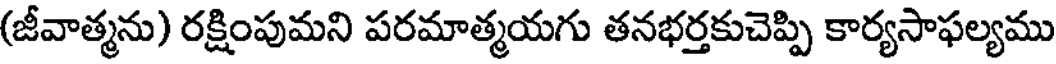
(జీవాత్మను) రక్షింపుమని పరమాత్మయగు తనభర్తకుచెప్పి కార్యసాఫల్యము